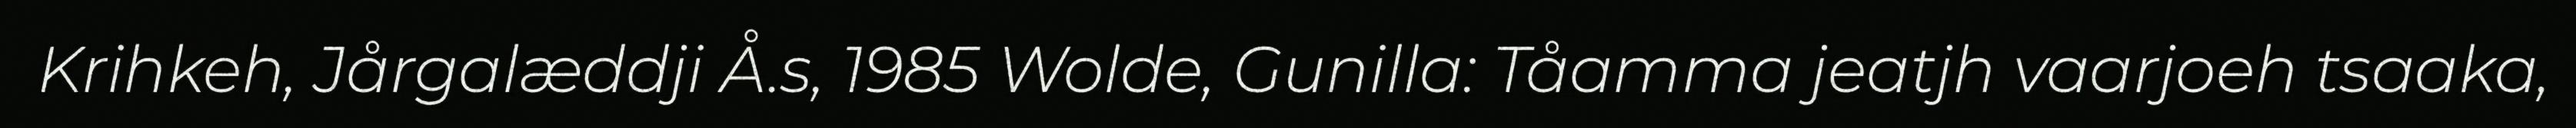
Krihkeh, Jårgalæddji Å.s, 1985 Wolde, Gunilla: Tåamma jeatjh vaarjoeh tsaaka,